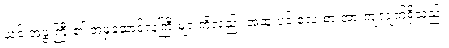
ယင်းအဖွဲ့ကြီး၏ အမှုဆောင်လူကြီးများကိုလည်း အထူးပင် လေးစားအားကျလျက်ရှိသည်။